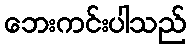
ဘေးကင်းပါသည်